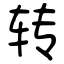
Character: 转